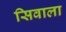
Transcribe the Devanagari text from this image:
सिवाला